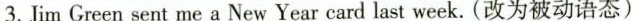
3.Jim Green sent me a New Year card last week.(改为被动语态)